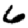
Digit: 6